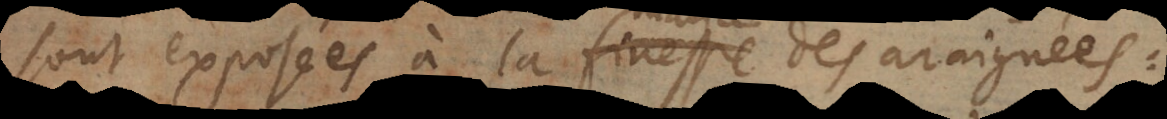
sont exposées à la finesse des araignées: